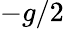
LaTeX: -g/2